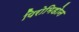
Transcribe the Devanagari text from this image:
पिरोमिडोन